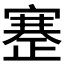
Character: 𰙶